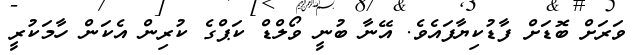
ވަރަށް ބޮޑަށް ފާޑުކިޔާފައެވެ. އޭނާ ބުނީ ވޯލްޑް ކަޕްގެ ކުރިން އެކަން ހާމަކުރީ